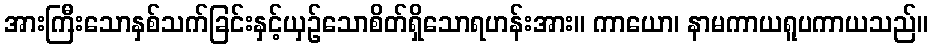
အားကြီးသောနှစ်သက်ခြင်းနှင့်ယှဉ်သောစိတ်ရှိသောရဟန်းအား။ ကာယော၊ နာမကာယရူပကာယသည်။